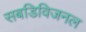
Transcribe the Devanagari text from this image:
सबडिविजनल